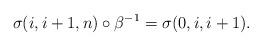
LaTeX: \begin{align*}\sigma(i,i+1,n)\circ\beta^{-1}=\sigma(0,i,i+1).\end{align*}